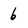
Character: 6